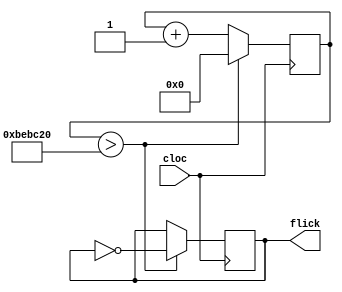
module flicker (cloc,flick);
input cloc;
output reg flick;
reg [16:0] lol;
initial begin lol<=0; flick<=0;end 
always@(posedge cloc)begin
lol <= lol + 1;
if (lol>12500000) begin flick<=~flick; lol<=0; end
end
endmodule